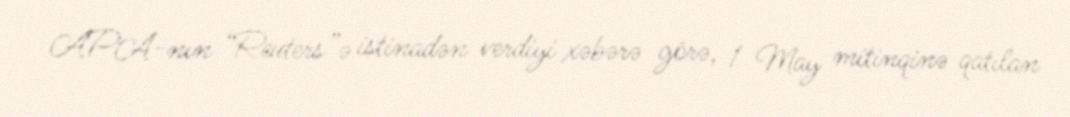
APA-nın “Reuters”ə istinadən verdiyi xəbərə görə, 1 May mitinqinə qatılan